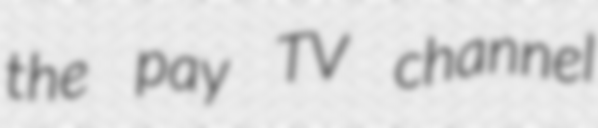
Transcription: the pay TV channel